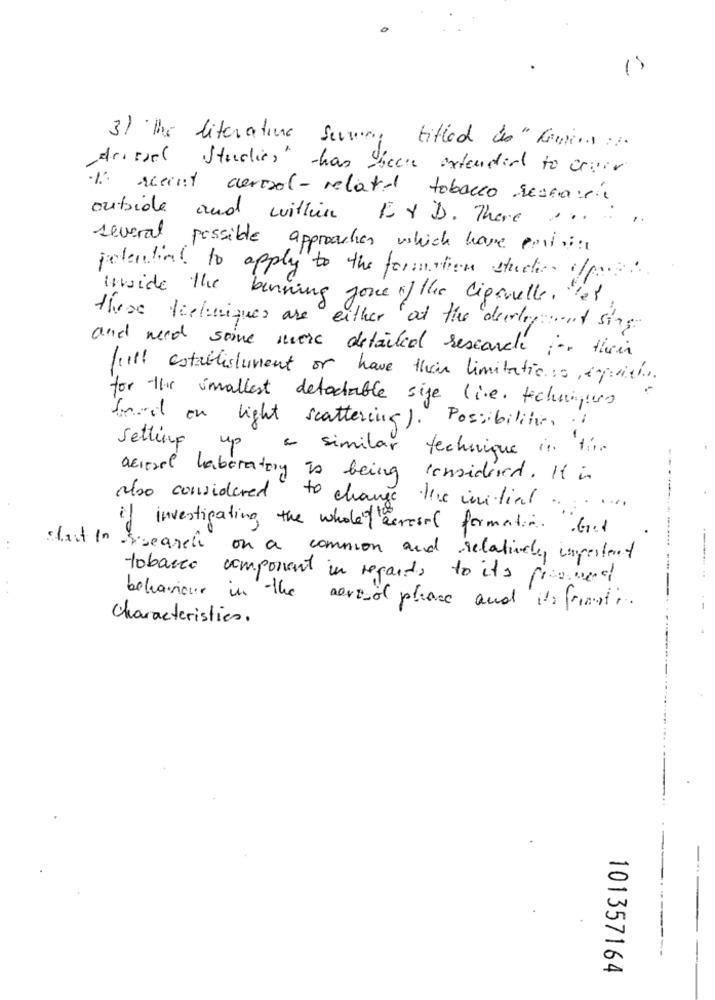
3) The literature serves titled is " bovins ...
drive( Studies" thas shock extended to croir
1. recent aerosol - related tobacco secca:sie
outside and within Er D. There ...
several possible approaches which have paris
potential to apply to the formation studer off
inside the benning jone of the liganelle. "es
these techniques are either 'at the devilyet sing
and need some more detailed research in their
full establishment or have their limitations espiri.
for the smallest detectable sige live. techniques
fred en light scattering). Possibility ,. i
Setting up
a similar technique in 1:
aerosol laboratory is being considered . It is
also considered to change the initial ......
if investigating the whole lesvosil formation . Get
start In
-search on a common and relatively important
tobacco component in regards to its promed
behaviour in the aerosol phase and its friesti.
characteristics.
101357164